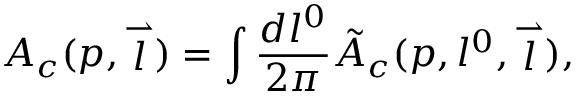
A _ { c } ( p , \stackrel { \rightharpoonup } { l } ) = \int \frac { d l ^ { 0 } } { 2 \pi } \tilde { A } _ { c } ( p , l ^ { 0 } , \stackrel { \rightharpoonup } { l } ) ,